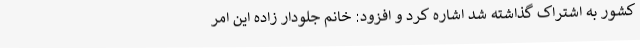
کشور به اشتراک گذاشته شد اشاره کرد و افزود: خانم جلودار زاده این امر